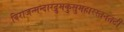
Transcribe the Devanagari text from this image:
विराजन्मन्दारद्रुमकुसुमहारस्तनतटी